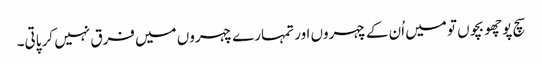
سچ پوچھو بچوں تو میں اُن کے چہروں اور تمہارے چہروں میں فرق نہیں کر پاتی۔